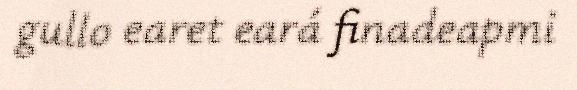
gullo earet eará finadeapmi